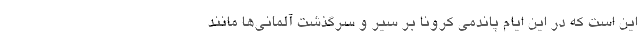
این است که در این ایام پاندمی کرونا بر سیر و سرگذشت آلمانی‌ها مانند